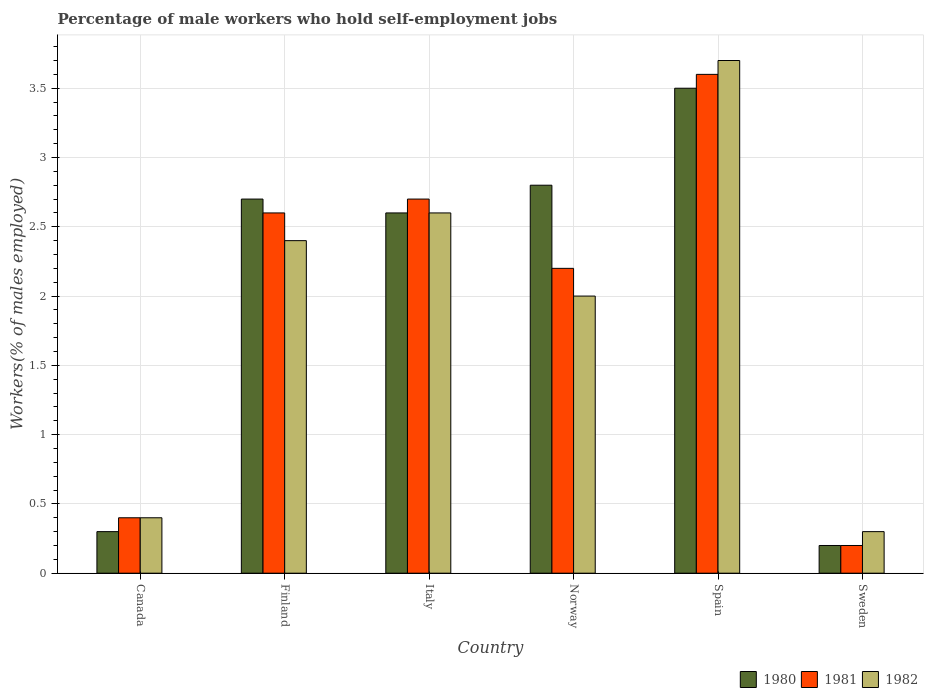
| Country | 1980 | 1981 | 1982 |
 | --- | --- | --- | --- |
 | Canada | 0.3 | 0.4 | 0.4 |
 | Finland | 2.7 | 2.6 | 2.4 |
 | Italy | 2.6 | 2.7 | 2.6 |
 | Norway | 2.8 | 2.2 | 2 |
 | Spain | 3.5 | 3.6 | 3.7 |
 | Sweden | 0.2 | 0.2 | 0.3 |